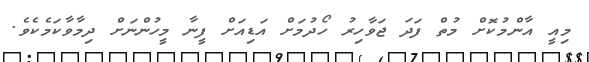
މިއީ އާންމުކޮށް މުތް ފަދަ ޖަވާހިރު ހޯދުމަށް އަޑިއަށް ފީނާ މީހުންނަށް ދިމާވާކަމެކެވެ.